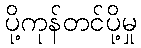
ပို့ကုန်တင်ပို့မှု